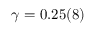
\gamma = 0 . 2 5 ( 8 )